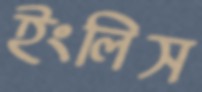
ইংলিস